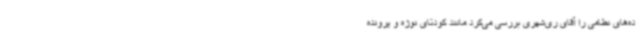
ده‌های نظامی را آقای ری‌شهری بررسی می‌کرد مانند کودتای نوژه و پرونده